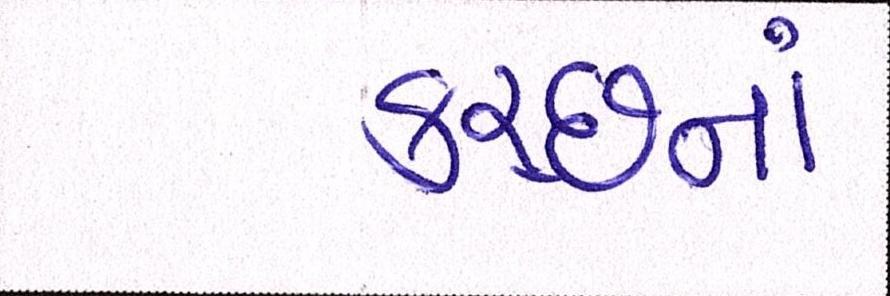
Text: કચ્છનાં